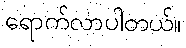
ရောက်လာပါတယ်။